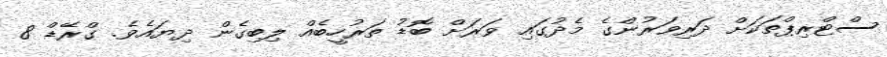
ސްޓްރިޕްތަކަށް ދަރިވަރުންގެ މެދުގައި ވަރަށް ބޮޑު ތަރުހީބެއް ލިބިގެން ދިޔައެވެ. ގްރޭޑް 8